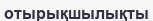
отырықшылықты